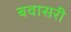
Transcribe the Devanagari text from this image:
बवासरी